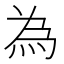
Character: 為